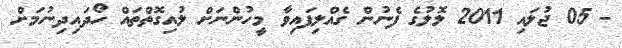
- 05 ޖުލައި 2011 ލޮލުގެ ފެނުން ގެއްލިފައިވާ މީހުންނަށް ލުއިގޮތްތައް ހޯދައިދިނުމަށް